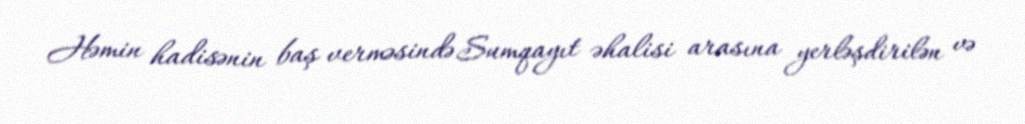
Həmin hadisənin baş verməsində Sumqayıt əhalisi arasına yerləşdirilən və